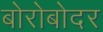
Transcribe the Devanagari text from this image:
बोरोबोदर